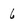
Character: 6